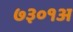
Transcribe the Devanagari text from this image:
७३०१अ